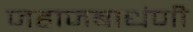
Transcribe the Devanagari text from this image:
जहाजबाधंणी